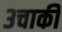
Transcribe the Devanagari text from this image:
३चाकी